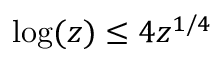
\log ( z ) \leq 4 z ^ { 1 / 4 }